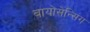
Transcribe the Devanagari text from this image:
बायोसेन्सिंग